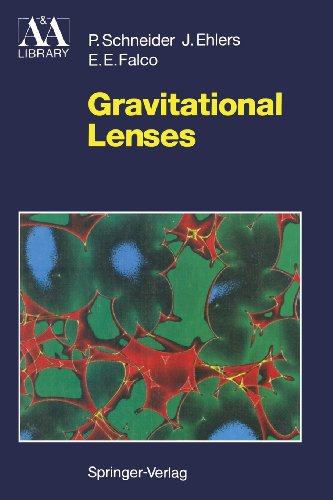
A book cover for Gravitational Lenses (Astronomy and Astrophysics Library); Peter Schneider; Science & Math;